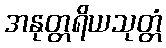
အနုတ္တရိယသုတ္တံ